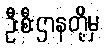
ဦးစီးဌာနတို့မှ